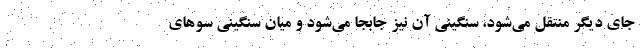
جای دیگر منتقل می‌شود، سنگینی آن نیز جابجا می‌شود و میان سنگینی سوهای